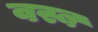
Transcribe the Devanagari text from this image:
वस्ब